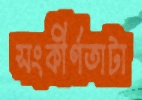
সংকীর্ণতাটা